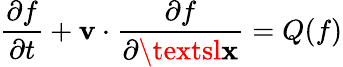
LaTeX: \frac{\partial f}{\partial t}+\textbf{v}\cdot\frac{\partial f}{\partial\textsl{\textbf{x}}}=Q(f)